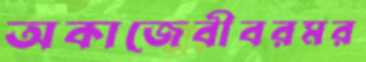
অকাজেবীবরমর